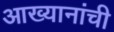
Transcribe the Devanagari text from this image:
आख्यानांची